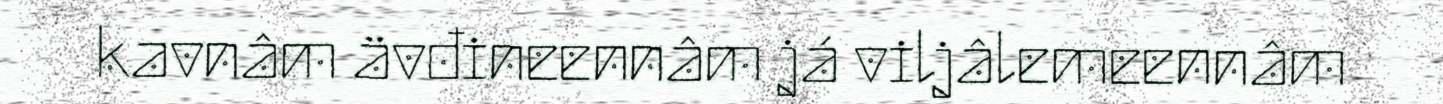
kavnâm ävđineennâm já viljâlemeennâm